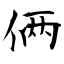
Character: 俩